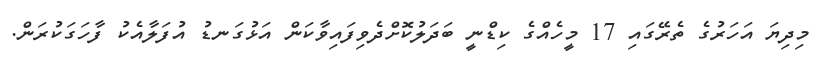
މިދިޔަ އަހަރުގެ ތެރޭގައި 17 މީހެއްގެ ކިޑްނީ ބަދަލުކޮށްދެވިފައިވާކަން އަޅުގަނޑު އުފަލާއެކު ފާހަގަކުރަން.